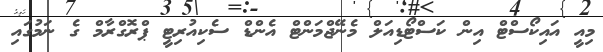
މިއީ އައިކޯސްޓް އިން ކަސްޓޯޑިއަލް މެނޭޖްމަންޓް އެންޑް ސެކިއުރިޓީ ޕްރޮގްރާމް ގެ ނަމުގައި